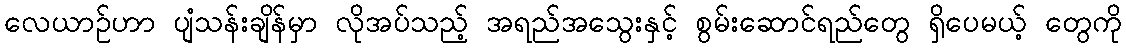
လေယာဉ်ဟာ ပျံသန်းချိန်မှာ လိုအပ်သည့် အရည်အသွေးနှင့် စွမ်းဆောင်ရည်တွေ ရှိပေမယ့် တွေကို